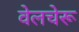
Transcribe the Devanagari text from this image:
वेलचेरू